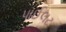
પાઈલટ